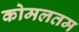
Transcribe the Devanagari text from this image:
कोमलतम